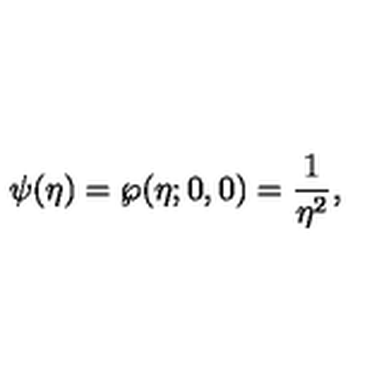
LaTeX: \psi ( \eta ) = \wp ( \eta ; 0 , 0 ) = { \frac { 1 } { \eta ^ { 2 } } } ,